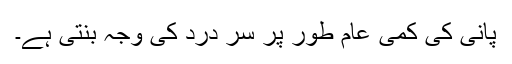
پانی کی کمی عام طور پر سر درد کی وجہ بنتی ہے۔